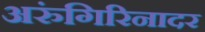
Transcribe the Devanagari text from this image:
अरुंगिरिनादर